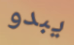
يبدو